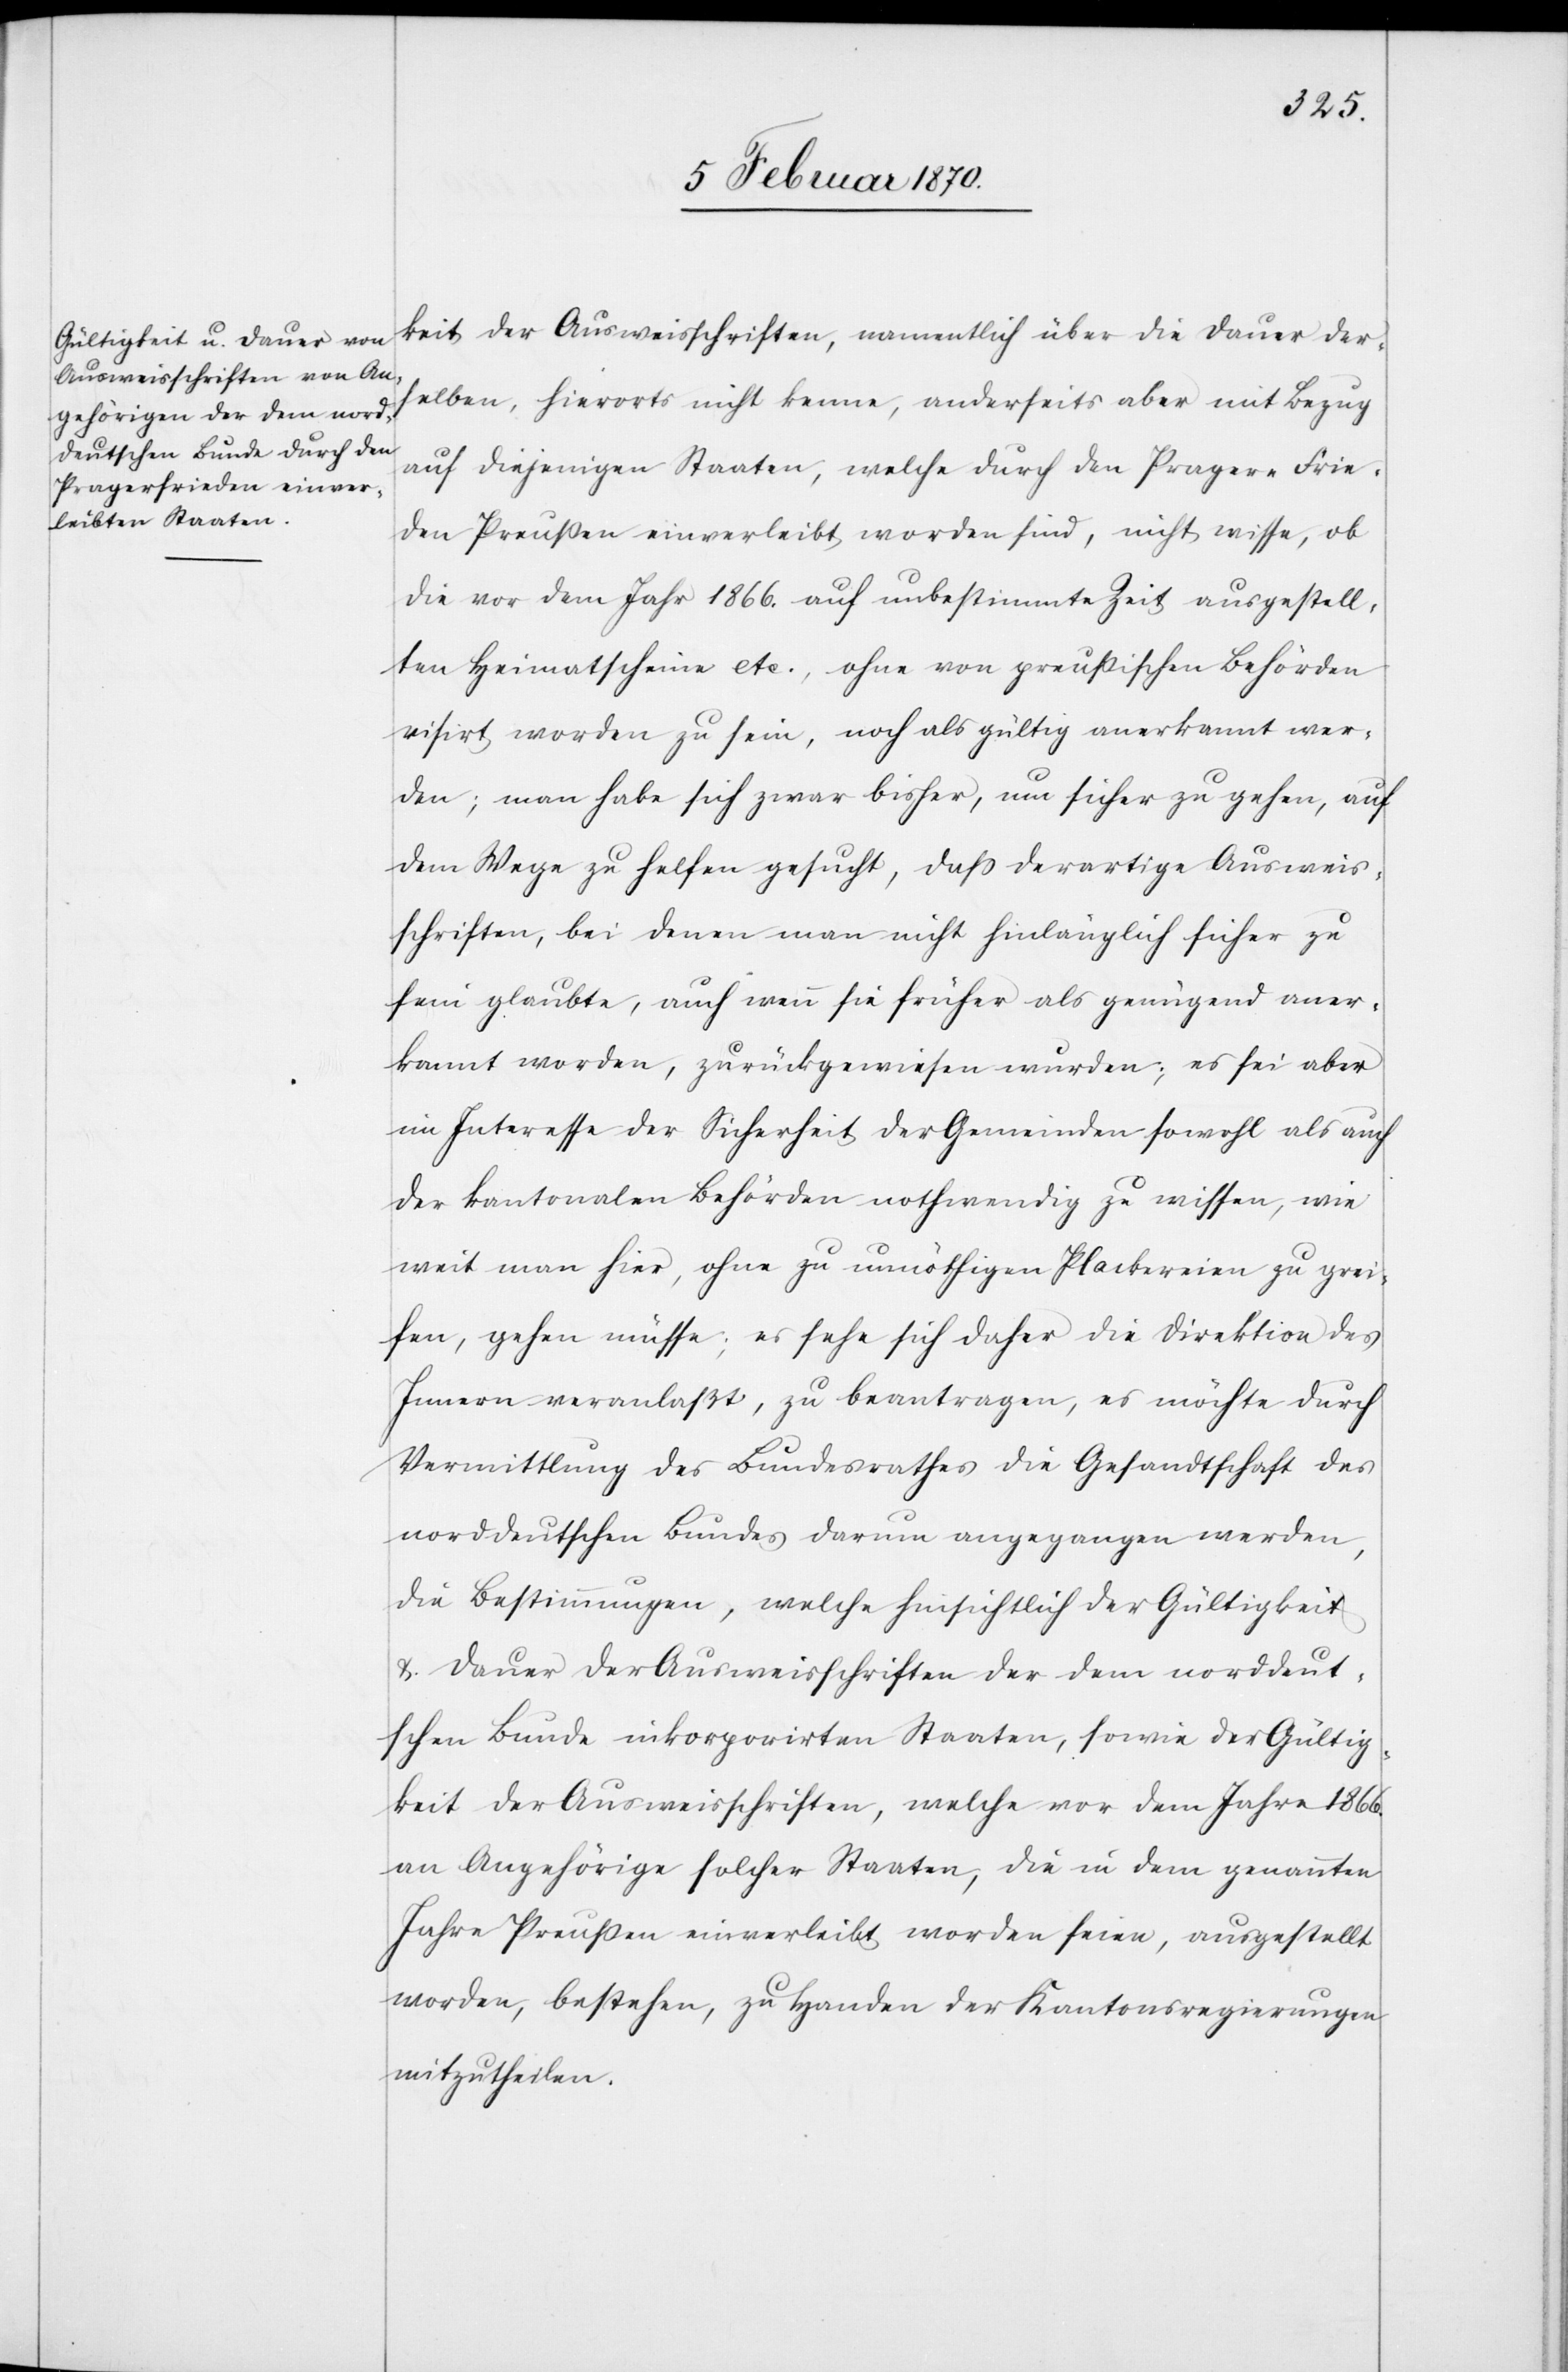
keit der Ausweisschriften, namentlich über die Dauer der¬
selben, hierorts nicht kenne, anderseits aber mit Bezug
auf diejenigen Staaten, welche durch den Prager-Frie¬
den Preußen einverleibt worden sind, nicht wisse, ob
die vor dem Jahr 1866. auf unbestimmte Zeit ausgestell¬
ten Heimatscheine etc., ohne von preußischen Behörden
visirt worden zu sein, noch als gültig anerkannt wer¬
den; man habe sich zwar bisher, um sicher zu gehen, auf
dem Wege zu helfen gesucht, dass derartige Ausweis¬
schriften, bei denen man nicht hinlänglich sicher zu
sein glaubte, auch wenn sie früher als genügend aner¬
kannt worden, zurückgewiesen wurden; es sei aber
im Interesse der Sicherheit der Gemeinden sowohl als auch
der kantonalen Behörden nothwendig zu wissen, wie
weit man hier, ohne zu unnöthigen Plackereien zu grei¬
fen, gehen müsse; es sehe sich daher die Direktion des
Innern veranlaßt, zu beantragen, es möchte durch
Vermittlung des Bundesrathes die Gesandtschaft des
norddeutschen Bundes darum angegangen werden,
die Bestimmungen, welche hinsichtlich der Gültigkeit
& Dauer der Ausweisschriften der dem norddeut¬
schen Bunde inkorporirten Staaten, sowie der Gültig¬
keit der Ausweisschriften, welche vor dem Jahre 1866.
an Angehörige solcher Staaten, die in dem genannten
Jahre Preussen einverleibt worden seien, ausgestellt
worden, bestehen, zu Handen der Kantonsregierungen
mitzutheilen.